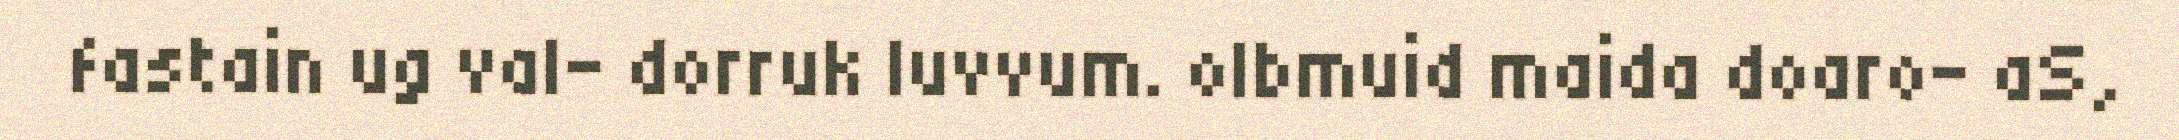
fastain ug val- dorruk luvvum. olbmuid maida doaro- aS,